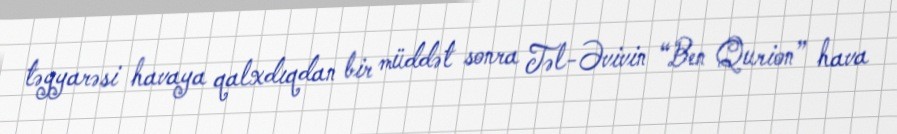
təyyarəsi havaya qalxdıqdan bir müddət sonra Təl-Əvivin “Ben Qurion” hava